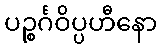
ပဉ္စင်္ဂဝိပ္ပဟီနော